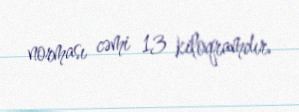
norması cəmi 13 kiloqramdır.